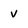
Character: v